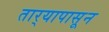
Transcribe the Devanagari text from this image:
तार्‍यापासून